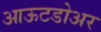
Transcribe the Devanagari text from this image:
आऊटडोअर